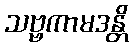
သဗ္ဗကာမဒန္တိ